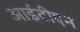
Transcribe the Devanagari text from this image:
आईटीएन